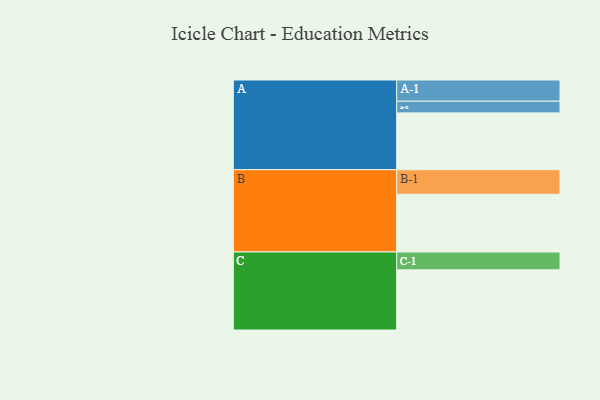
{"axis": {"x": "Segment", "y": "Value"}, "legend": ["", "A", "B", "C"], "data": [{"x": "A", "y": 544, "type": ""}, {"x": "B", "y": 553, "type": ""}, {"x": "C", "y": 576, "type": ""}, {"x": "A-1", "y": 203, "type": "A"}, {"x": "A-2", "y": 112, "type": "A"}, {"x": "B-1", "y": 235, "type": "B"}, {"x": "C-1", "y": 171, "type": "C"}]}